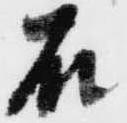
石